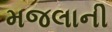
મજલાની